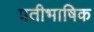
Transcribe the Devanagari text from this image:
प्रतीभाषिक